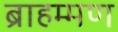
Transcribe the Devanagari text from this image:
ब्राहम्मण